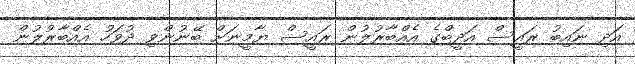
އަދި ނައިބު ރައީސް އަދީބްގެ އެއްބާރުލުން ރައީސް ޔާމީނަށް ބޭނުންވި ދުވަހު އެއްބާރުލުން